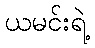
ယမင်းရဲ့